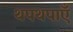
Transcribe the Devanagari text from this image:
थपथपाएँ